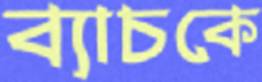
ব্যাচকে